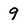
Character: 9